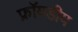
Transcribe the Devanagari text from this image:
फ्रॉयडीय